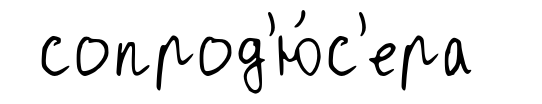
сопрод'ю́с'ера